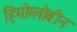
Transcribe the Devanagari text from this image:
हिमोग्लोबीन